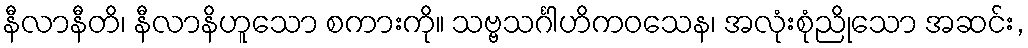
နီလာနီတိ၊ နီလာနိဟူသော စကားကို။ သဗ္ဗသင်္ဂါဟိကဝသေန၊ အလုံးစုံညိုသော အဆင်း,